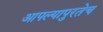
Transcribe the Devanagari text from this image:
आपल्यापुरतेच